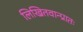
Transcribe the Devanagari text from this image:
लिखितवान्प्रातः